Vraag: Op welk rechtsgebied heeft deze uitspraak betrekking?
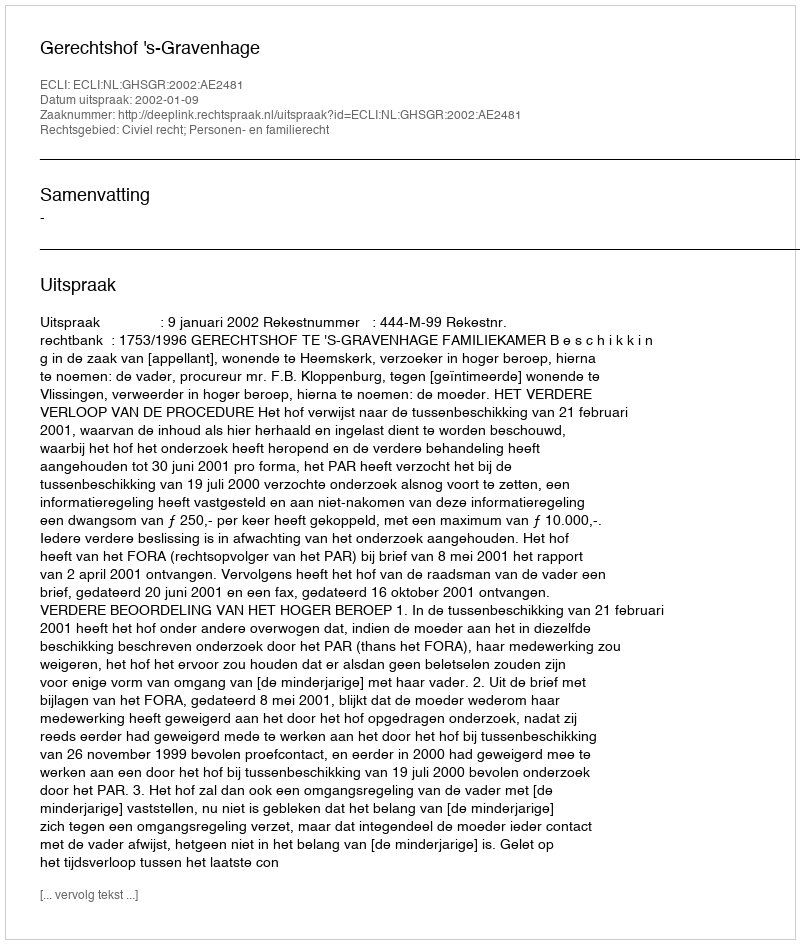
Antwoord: Civiel recht; Personen- en familierecht